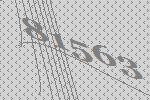
81563